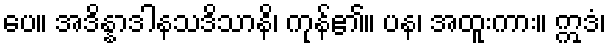
ပေ။ အဒိန္နာဒါနသဒိသာနိ၊ ကုန်၏။ ပန၊ အထူးကား။ ဣဒံ၊